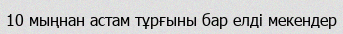
10 мыңнан астам тұрғыны бар елді мекендер